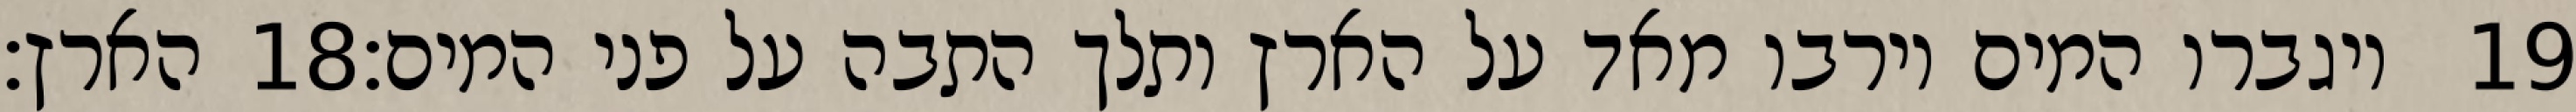
הארץ׃ ‎18‏ ויגברו המים וירבו מאד על הארץ ותלך התבה על פני המים׃ ‎19‏